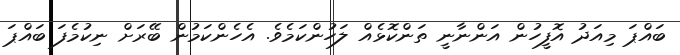
ބައްޕަ މިއަދު އޮފީހުން އަންނާނީ ތަންކޮޅެއް ލަހުންކަމެވެ. އެހެންކަމުން ބޭރަށް ނިކުމެފަ ބައްޕަ